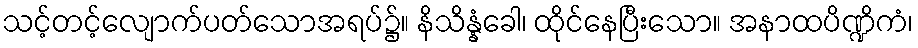
သင့်တင့်လျောက်ပတ်သောအရပ်၌။ နိသိန္နံခေါ၊ ထိုင်နေပြီးသော။ အနာထပိဏ္ဍိကံ၊